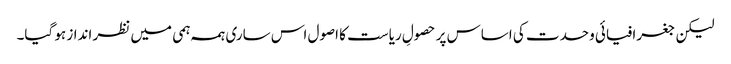
لیکن جغرافیائی وحدت کی اساس پر حصولِ ریاست کا اصول اس ساری ہمہ ہمی میں نظر انداز ہو گیا۔